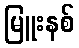
မြူးနစ်